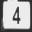
Digit: 4